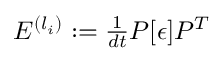
\begin{array} { r } { E ^ { ( l _ { i } ) } : = \frac { 1 } { d t } P [ \epsilon ] P ^ { T } } \end{array}